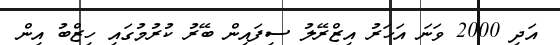
އަދި 2000 ވަނަ އަހަރު އިޒްރޭލު ސިފައިން ބޭރު ކުރުމުގައި ހިޒްބު އިން